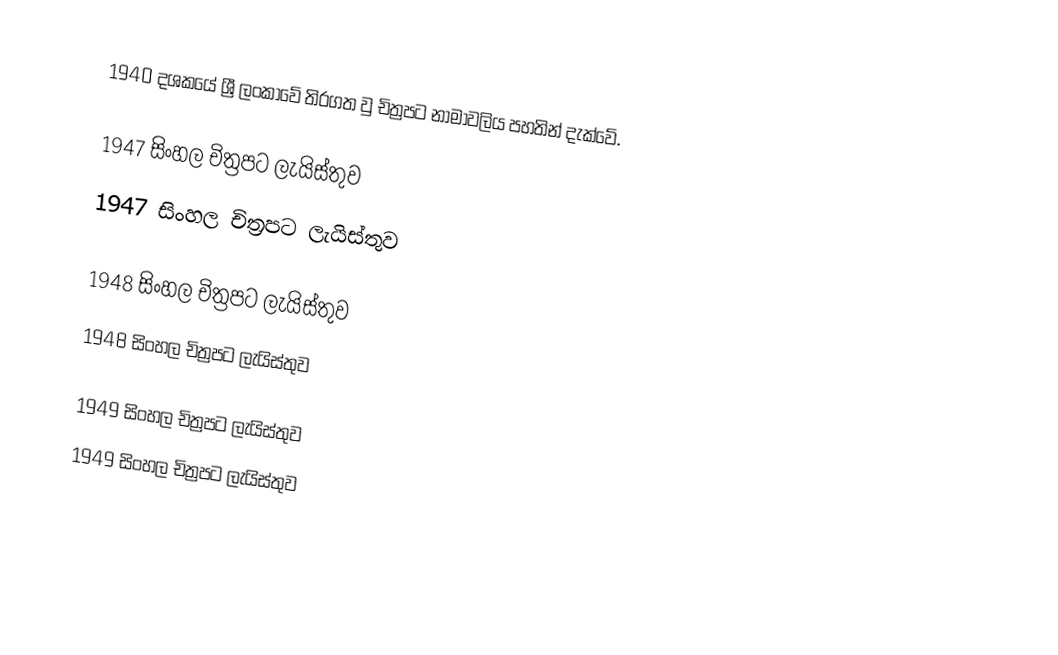
1940 දශකයේ ශ්‍රී ලංකාවේ තිරගත වු චිත්‍රපට නාමාවලිය පහතින් දැක්වේ.

1947 සිංහල චිත්‍රපට ලැයිස්තුව
1947 සිංහල චිත්‍රපට ලැයිස්තුව

1948 සිංහල චිත්‍රපට ලැයිස්තුව
1948 සිංහල චිත්‍රපට ලැයිස්තුව

1949 සිංහල චිත්‍රපට ලැයිස්තුව
1949 සිංහල චිත්‍රපට ලැයිස්තුව